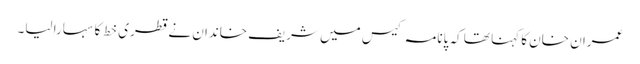
عمران خان کا کہنا تھا کہ پانامہ کیس میں شریف خاندان نے قطری خط کا سہارا لیا۔